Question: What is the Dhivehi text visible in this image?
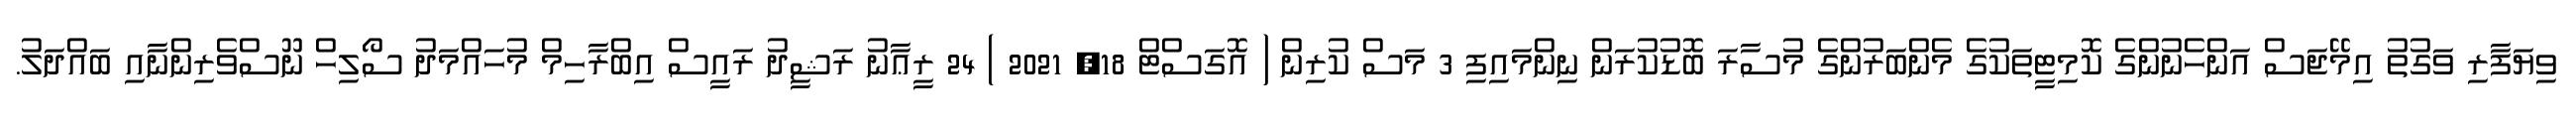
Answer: ވިޔަފާރި ވަގުތު އިމޭޖަސް އަންހެނުންގެ ކޮމިޓީތަކުގެ މެންބަރުންގެ މުސާރަ ބޮޑުކުރަން ނިންމައިފި 3 މަސް ކުރިން ( އޮގަސްޓް 18, 2021 ) 24 ރީޢާނު ރަޝީދު ރައީސް އިބްރާހިމް މުހައްމަދު ސޯލިހް ނޫސްވެރިންނާއި ބައްދަލު.